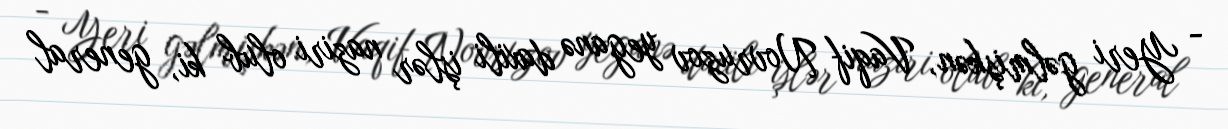
- Yeri gəlmişkən, Vaqif Novruzov yeganə daxili işlər naziri olub ki, general